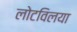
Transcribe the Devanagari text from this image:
लोटविलया